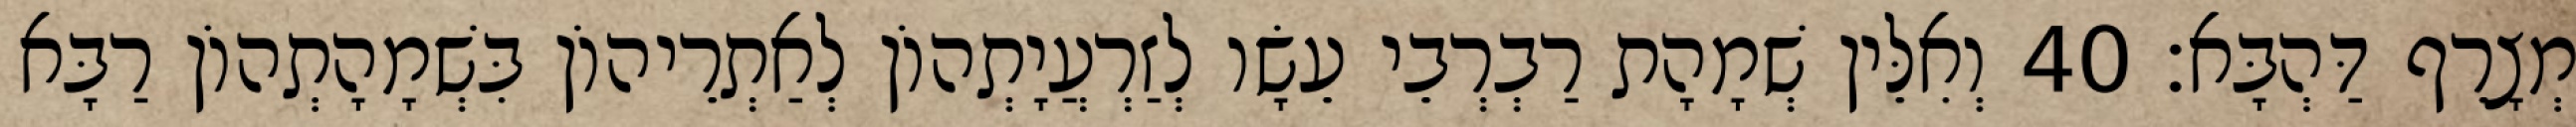
מְצָרֵף דַּהְבָּא׃ 40 וְאִלֵּין שְׁמָהָת רַבְרְבֵי עֵשָׂו לְזַרְעֲיָתְהוֹן לְאַתְרֵיהוֹן בִּשְׁמָהָתְהוֹן רַבָּא